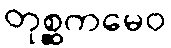
တုစ္ဆကမေဝ